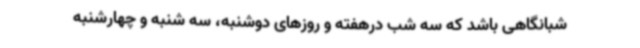
شبانگاهی باشد که سه شب درهفته و روزهای دوشنبه، سه شنبه و چهارشنبه